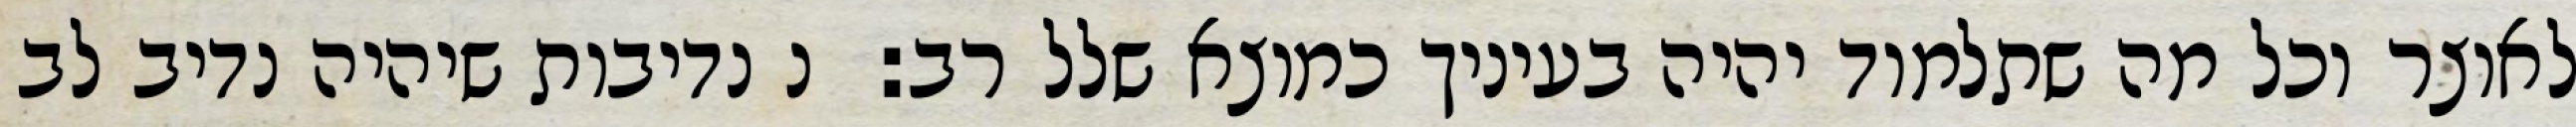
לאוצר וכל מה שתלמוד יהיה בעיניך כמוצא שלל רב:  נ נדיבות שיהיה נדיב לב